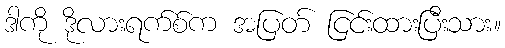
ဒါကို ဒိုလားရက်စ်က အပြတ် ငြင်းထားပြီးသား။